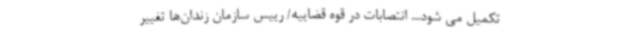
تکمیل می شود... انتصابات در قوه قضاییه/ رییس سازمان زندان‌ها تغییر